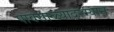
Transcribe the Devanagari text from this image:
पावसाळ्यादरम्यान